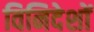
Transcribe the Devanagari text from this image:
विनिदेशों